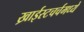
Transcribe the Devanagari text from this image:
ख्राईस्टचर्चमध्ये